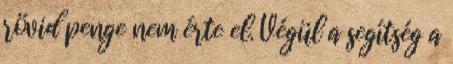
rövid penge nem érte el. Végül a segítség a